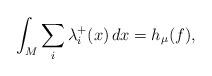
LaTeX: \begin{align*} \int_M \sum_i \lambda_i^+(x)\, dx= h_\mu(f),\end{align*}